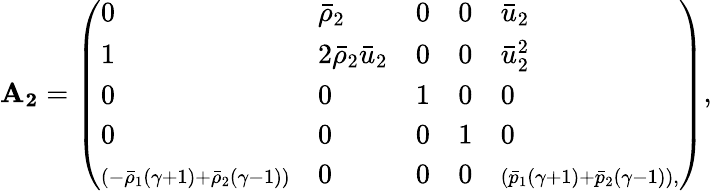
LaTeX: \mathbf{A_{2}}=\left(\begin{array}{lllll}{0}&{\bar{\rho}_{2}}&{0}&{0}&{\bar{u}_{2}}\\ {1}&{2\bar{\rho}_{2}\bar{u}_{2}}&{0}&{0}&{\bar{u}_{2}^{2}}\\ {0}&{0}&{1}&{0}&{0}\\ {0}&{0}&{0}&{1}&{0}\\ {\scriptstyle\left(-\bar{\rho}_{1}(\gamma+1)+\bar{\rho}_{2}(\gamma-1)\right)}&{0}&{0}&{0}&{\scriptstyle\left(\bar{p}_{1}(\gamma+1)+\bar{p}_{2}(\gamma-1)\right),}\end{array}\right),